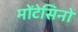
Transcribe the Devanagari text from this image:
मोंटेसिनो